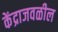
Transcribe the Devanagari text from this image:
केंद्राजवळील